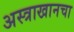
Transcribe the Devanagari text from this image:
अस्त्राखानचा